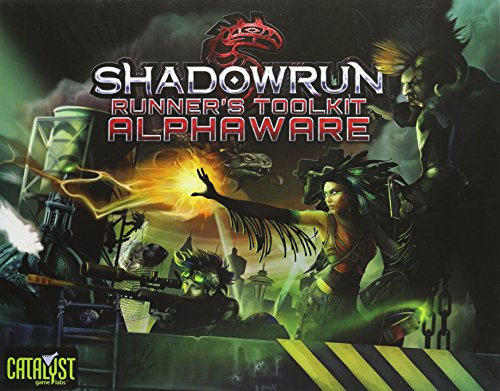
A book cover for Shadowrun Runners Toolkit Alphaware; Science Fiction & Fantasy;